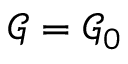
\mathcal { G } = \mathcal { G } _ { 0 }